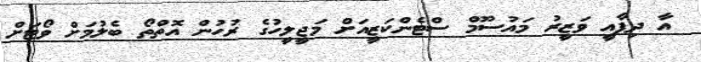
އާ ދިފާއީ ވަޒީރު މައުސޫމް ސްޓެންކަޒީއަށް މަޖީލީހުގެ ރުހުން އޮތްތޯ ބެލުމަށް ވޯޓަށް